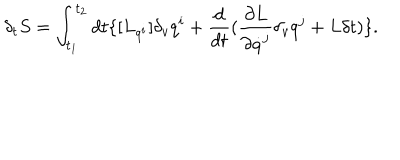
\delta _ { t } { S } = \int _ { t _ { 1 } } ^ { t _ { 2 } } d t \{ [ { L } _ { q ^ { i } } ] \delta _ { v } q ^ { i } + \frac { d } { d t } ( \frac { \partial { L } } { \partial \dot { q } ^ { j } } \delta _ { v } q ^ { j } + { L } \delta t ) \} .